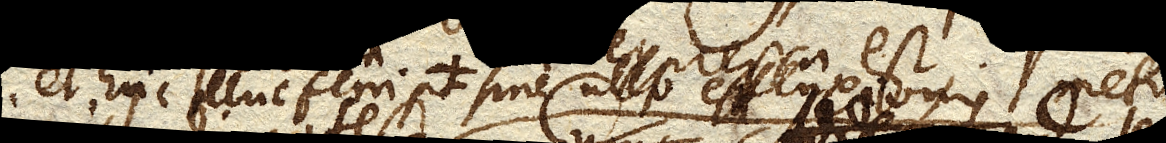
et huc illuc ferri potest sine ullo effluxionis metu